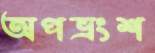
অপভ্রংশ